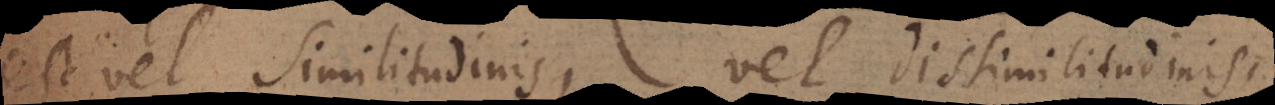
est vel similitudinis, vel dissimilitudinis.